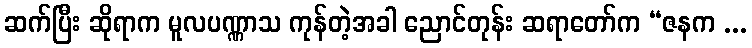
ဆက်ပြီး ဆိုရာက မူလပဏ္ဏာသ ကုန်တဲ့အခါ ညောင်တုန်း ဆရာတော်က “ဇနက ...